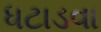
ધટાડવા